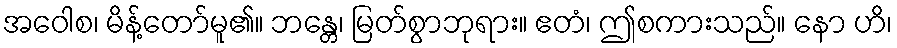
အဝေါစ၊ မိန့်တော်မူ၏။ ဘန္တေ၊ မြတ်စွာဘုရား။ ဧတံ၊ ဤစကားသည်။ နော ဟိ၊